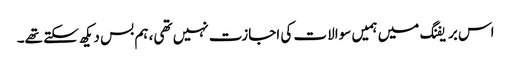
اس بریفنگ میں ہمیں سوالات کی اجازت نہیں تھی، ہم بس دیکھ سکتے تھے۔